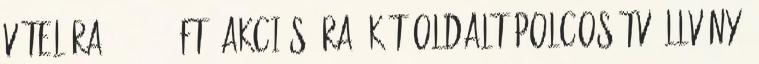
vételára: 48.960.-Ft. Akciós ára: Két oldalt polcos TV állvány,